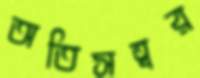
অতিসত্বর